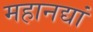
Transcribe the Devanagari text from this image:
महानद्यां